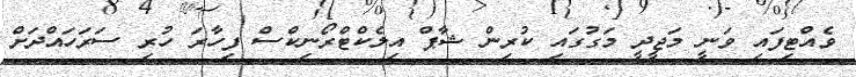
ވެއްޓިފައި ވަނީ މަޖީދީ މަގުގައި ކުރިން ޝާޕް އިލެކްޓްރޯނިކްސް ފިހާރަ ހުރި ސަރަހައްދަށް